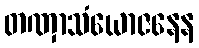
တဏှာသံယောဇနေန